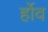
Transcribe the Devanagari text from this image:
र्होव